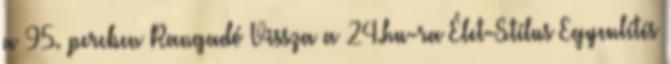
a 95. percben Rangadó Vissza a 24.hu-ra Élet-Stílus Egyenlítés